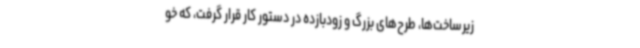
زیرساخت‌ها، طرح‌های بزرگ و زودبازده در دستور کار قرار گرفت، که خو